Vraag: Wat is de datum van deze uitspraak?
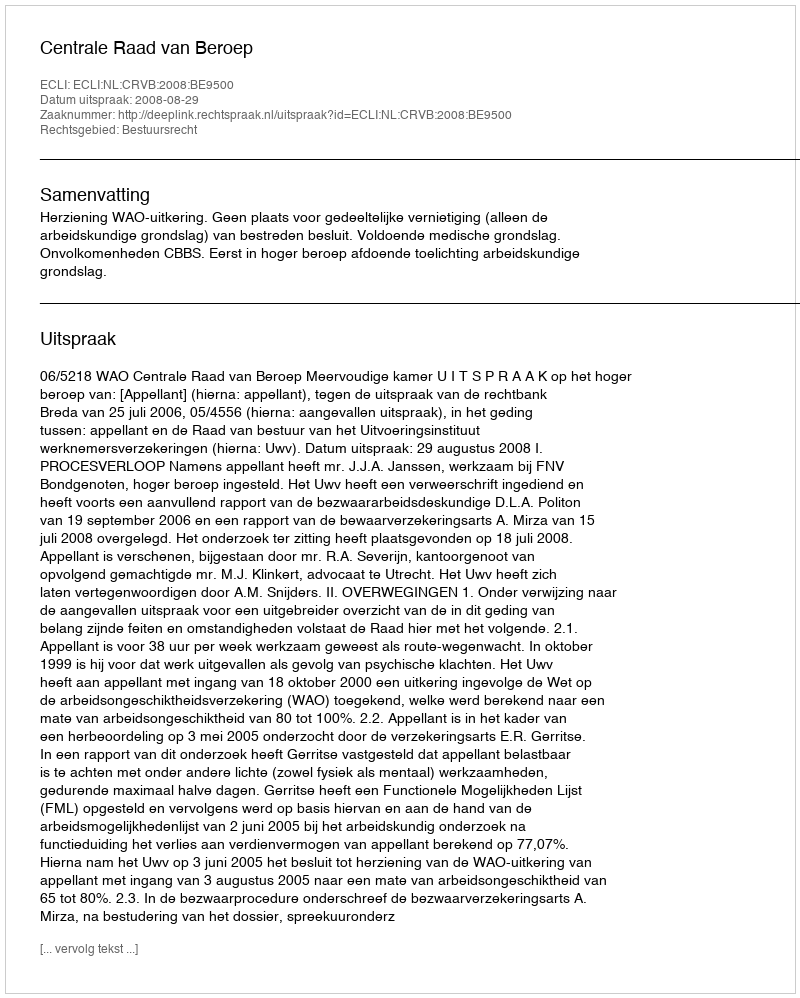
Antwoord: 2008-08-29